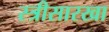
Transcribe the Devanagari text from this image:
स्त्रीसारखा